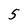
Character: S